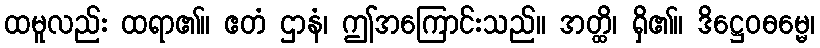
ထမူလည်း ထရာ၏။ ဧတံ ဌာနံ၊ ဤအကြောင်းသည်။ အတ္ထိ၊ ရှိ၏။ ဒိဋ္ဌေဝဓမ္မေ၊